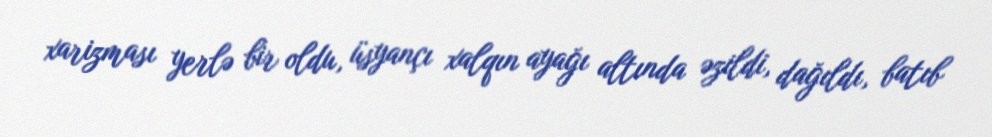
xarizması yerlə bir oldu, üsyançı xalqın ayağı altında əzildi, dağıldı, batıb